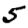
Digit: 5